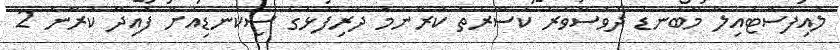
ލައިފްސްޓައިލް މާބަނޑު ދުވަސްވަރު ކަސްރަތު ކުރާނަމަ ދަރިފުޅުގެ ސިކުނޑިއަށް ފައިދާ ކުރާނެ 2